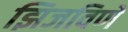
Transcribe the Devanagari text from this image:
झिजविणें